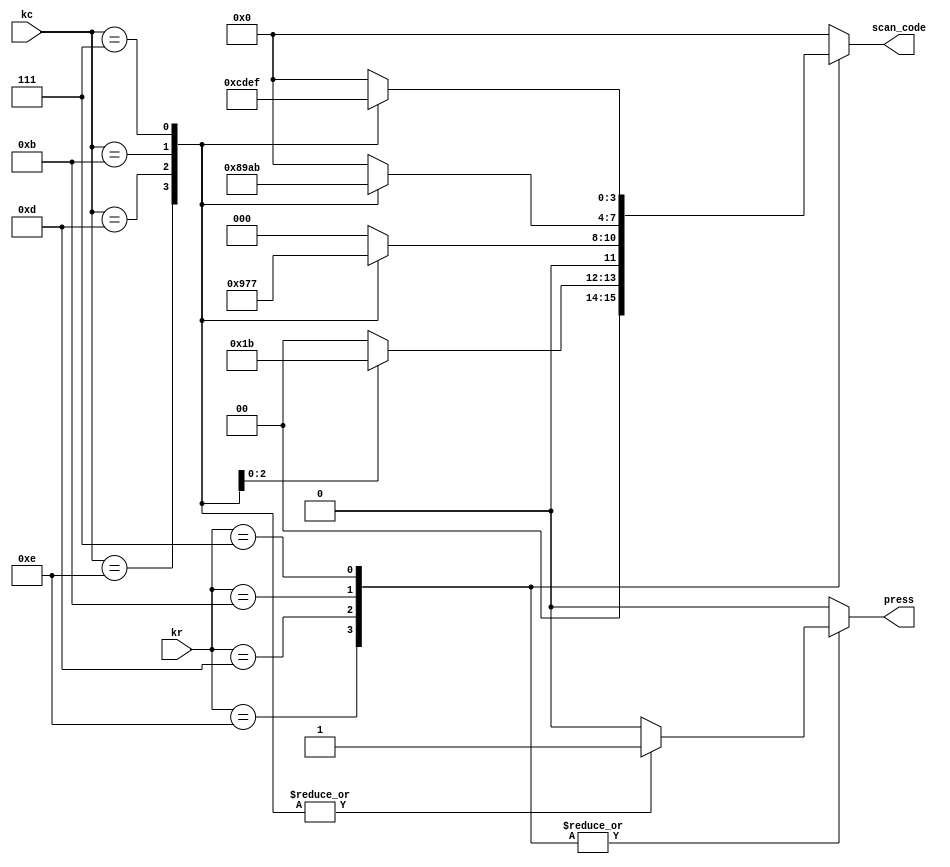
module keyboard(kr,kc,press,scan_code);
	input [3:0] kr;
	input [3:0] kc;
	output reg press;
	output reg [3:0] scan_code;
	always@(kr or kc) begin
		case(kr)
			4'b1110:
				case(kc)
					4'b1110:begin
						press = 1'b1;
						scan_code = 4'h0;
						end
					4'b1101:begin
						press = 1'b1;
						scan_code = 4'h1;
						end
					4'b1011:begin
						press = 1'b1;
						scan_code =4'h2;
						end
					4'b0111:begin
						press = 1'b1;
						scan_code= 4'h3;
						end
					default:begin
						press=1'b0;
						scan_code=4'h0;
						end
				endcase
			4'b1101:
				case(kc)
					4'b1110:begin
						press = 1'b1;
						scan_code = 4'h4;
						end
					4'b1101:begin
						press = 1'b1;
						scan_code = 4'h5;
						end
					4'b1011:begin
						press = 1'b1;
						scan_code = 4'h6;
						end
					4'b0111:begin
						press = 1'b1;
						scan_code= 4'h7;
						end
					default:begin
						press=1'b0;
						scan_code=4'h0;
						end
				endcase
			4'b1011:
				case(kc)
					4'b1110:begin
						press = 1'b1;
						scan_code = 4'h8;
						end
					4'b1101:begin
						press = 1'b1;
						scan_code = 4'h9;
						end
					4'b1011:begin
						press = 1'b1;
						scan_code = 4'hA;
						end
					4'b0111:begin
						press = 1'b1;
						scan_code= 4'hB;
						end
					default:begin
						press=1'b0;
						scan_code=4'h0;
						end
				endcase
			4'b0111:
				case(kc)
					4'b1110:begin
						press = 1'b1;
						scan_code = 4'hC;
						end
					4'b1101:begin
						press = 1'b1;
						scan_code = 4'hD;
						end
					4'b1011:begin
						press = 1'b1;
						scan_code = 4'hE;
						end
					4'b0111:begin
						press = 1'b1;
						scan_code= 4'hF;
						end
					default:begin
						press=1'b0;
						scan_code=4'h0;
						end
				endcase
			default:begin
				press = 1'b0;
				scan_code = 4'h0;
				end
		endcase
	end
endmodule